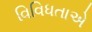
વિવિધતાએ